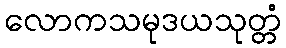
လောကသမုဒယသုတ္တံ